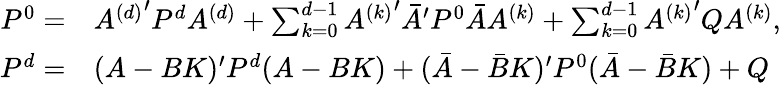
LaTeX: \begin{array}{rl}{P^{0}=}&{{A^{(d)}}^{\prime}P^{d}A^{(d)}+\sum_{k=0}^{d-1}{A^{(k)}}^{\prime}\bar{A}^{\prime}P^{0}\bar{A}A^{(k)}+\sum_{k=0}^{d-1}{A^{(k)}}^{\prime}QA^{(k)},}\\ {P^{d}=}&{(A-BK)^{\prime}P^{d}(A-BK)+(\bar{A}-\bar{B}K)^{\prime}P^{0}(\bar{A}-\bar{B}K)+Q}\end{array}